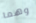
وهما